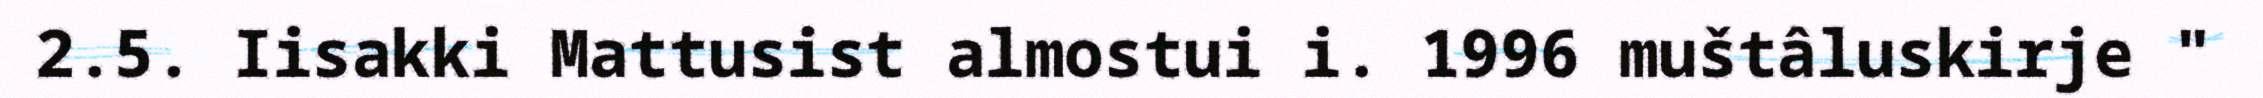
2.5. Iisakki Mattusist almostui i. 1996 muštâluskirje "